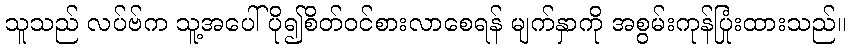
သူသည် လပ်ဗ်က သူ့အပေါ် ပို၍စိတ်ဝင်စားလာစေရန် မျက်နှာကို အစွမ်းကုန်ပြုံးထားသည်။